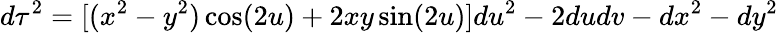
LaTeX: d\tau^{2}=[(x^{2}-y^{2})\cos(2u)+2xy\sin(2u)]du^{2}-2dudv-dx^{2}-dy^{2}